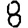
Digit: 8